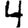
Digit: 4